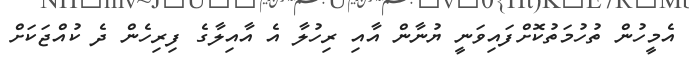
އެމީހުން ތުހުމަތުކޮށްފައިވަނީ ޔުނާން އާއި ރިހުލާ އެ އާއިލާގެ ފިރިހެން ދެ ކުއްޖަކަށް